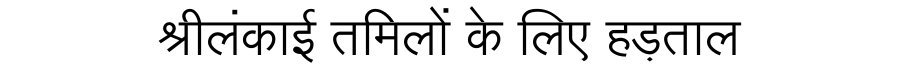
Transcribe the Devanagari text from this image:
श्रीलंकाई तमिलों के लिए हड़ताल